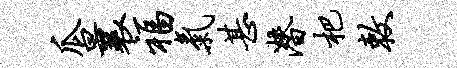
瓜曩福气甚潜杷敕